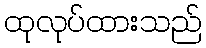
ထုလုပ်ထားသည်